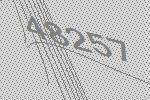
48257